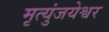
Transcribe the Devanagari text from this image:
मृत्युंजयेश्वर